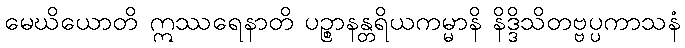
မေဃိယောတိ ဣဿရေနာတိ ပဉ္စာနန္တရိယကမ္မာနိ နိဒ္ဒိသိတဗ္ဗပ္ပကာသနံ